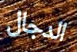
الدجال